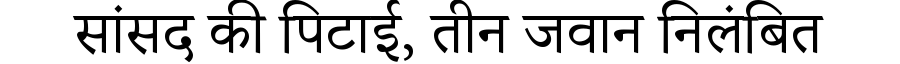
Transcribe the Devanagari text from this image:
सांसद की पिटाई, तीन जवान निलंबित